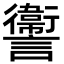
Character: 讏